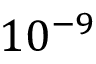
1 0 ^ { - 9 }